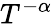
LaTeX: T^{-\alpha}